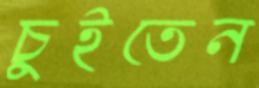
চুইতেন